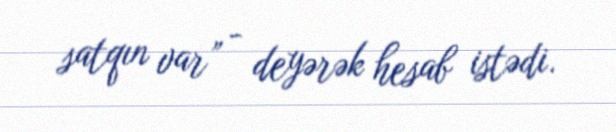
satqın var” - deyərək hesab istədi.